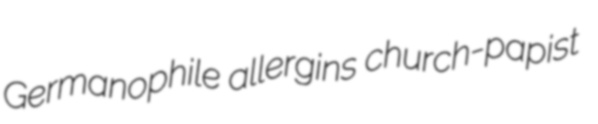
Germanophile allergins church-papist